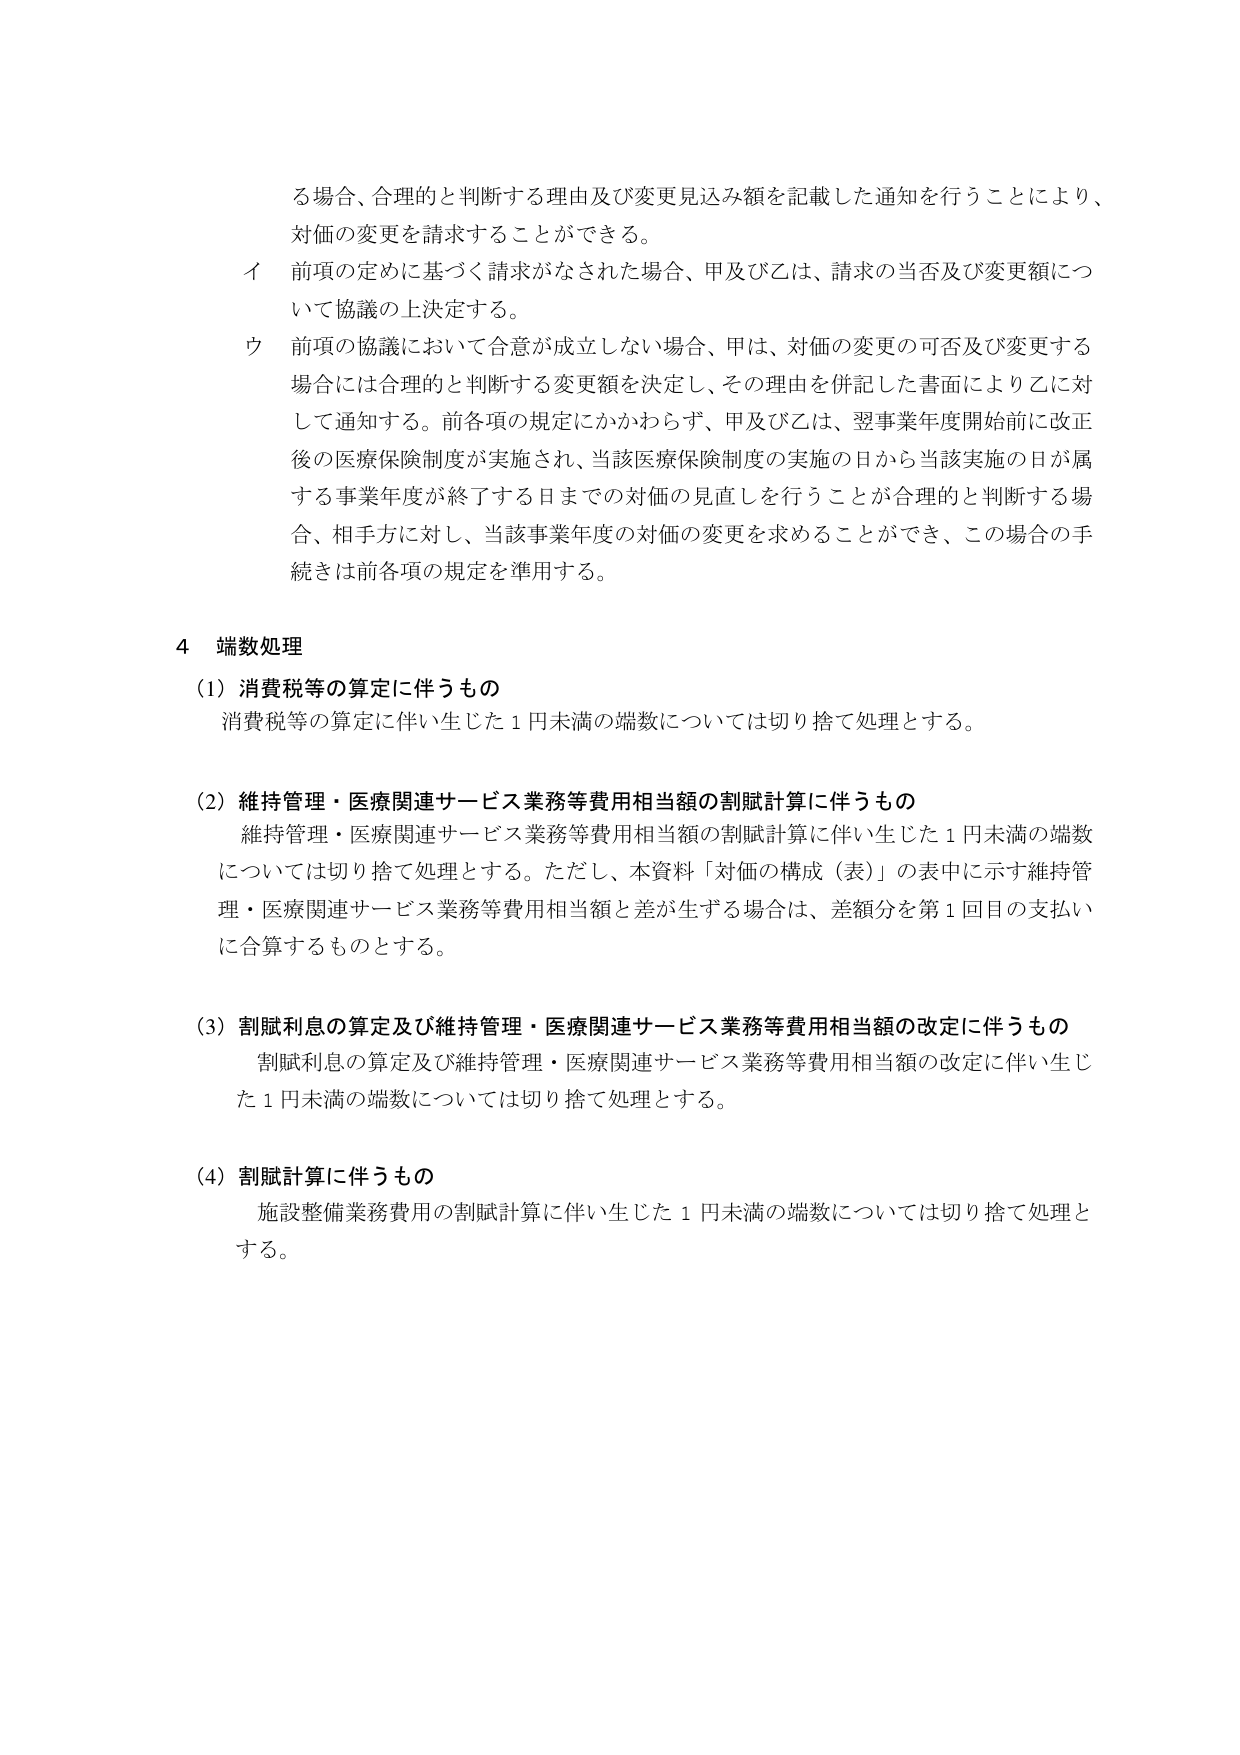
る場合、合理的と判断する理由及び変更見込み額を記載した通知を行うことにより、
対価の変更を請求することができる。
イ 前項の定めに基づく請求がなされた場合、甲及び乙は、請求の当否及び変更額につ
いて協議の上決定する。
ウ 前項の協議において合意が成立しない場合、甲は、対価の変更の可否及び変更する
場合には合理的と判断する変更額を決定し、その理由を併記した書面により乙に対
して通知する。前各項の規定にかかわらず、甲及び乙は、翌事業年度開始前に改正
後の医療保険制度が実施され、当該医療保険制度の実施の日から当該実施の日が属
する事業年度が終了する日までの対価の見直しを行うことが合理的と判断する場
合、相手方に対し、当該事業年度の対価の変更を求めることが可能、この場合の手
続きは前各項の規定を準用する。

4 端数処理
(1) 消費税等の算定に伴うもの
消費税等の算定に伴い生じた1円未満の端数については切り捨て処理とする。

(2) 維持管理・医療関連サービス業務等費用相当額の割賦計算に伴うもの
維持管理・医療関連サービス業務等費用相当額の割賦計算に伴い生じた1円未満の端数
については切り捨て処理とする。ただし、本資料「対価の構成（表）」の表中に示す維持管
理・医療関連サービス業務等費用相当額と差が生ずる場合は、差額分を第1回目の支払い
に合算するものとする。

(3) 割賦利息の算定及び維持管理・医療関連サービス業務等費用相当額の改定に伴うもの
割賦利息の算定及び維持管理・医療関連サービス業務等費用相当額の改定に伴い生じ
た1円未満の端数については切り捨て処理とする。

(4) 割賦計算に伴うもの
施設整備業務費用の割賦計算に伴い生じた1円未満の端数については切り捨て処理と
する。